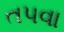
તપવા